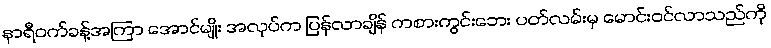
နာရီဝက်ခန့်အကြာ အောင်မျိုး အလုပ်က ပြန်လာချိန် ကစားကွင်းဘေး ပတ်လမ်းမှ မောင်းဝင်လာသည်ကို